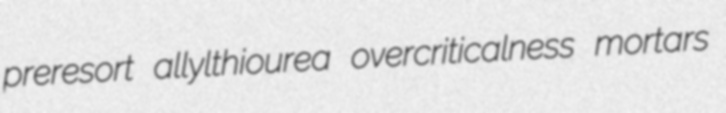
preresort allylthiourea overcriticalness mortars